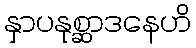
နှာပနုစ္ဆာဒနေဟိ